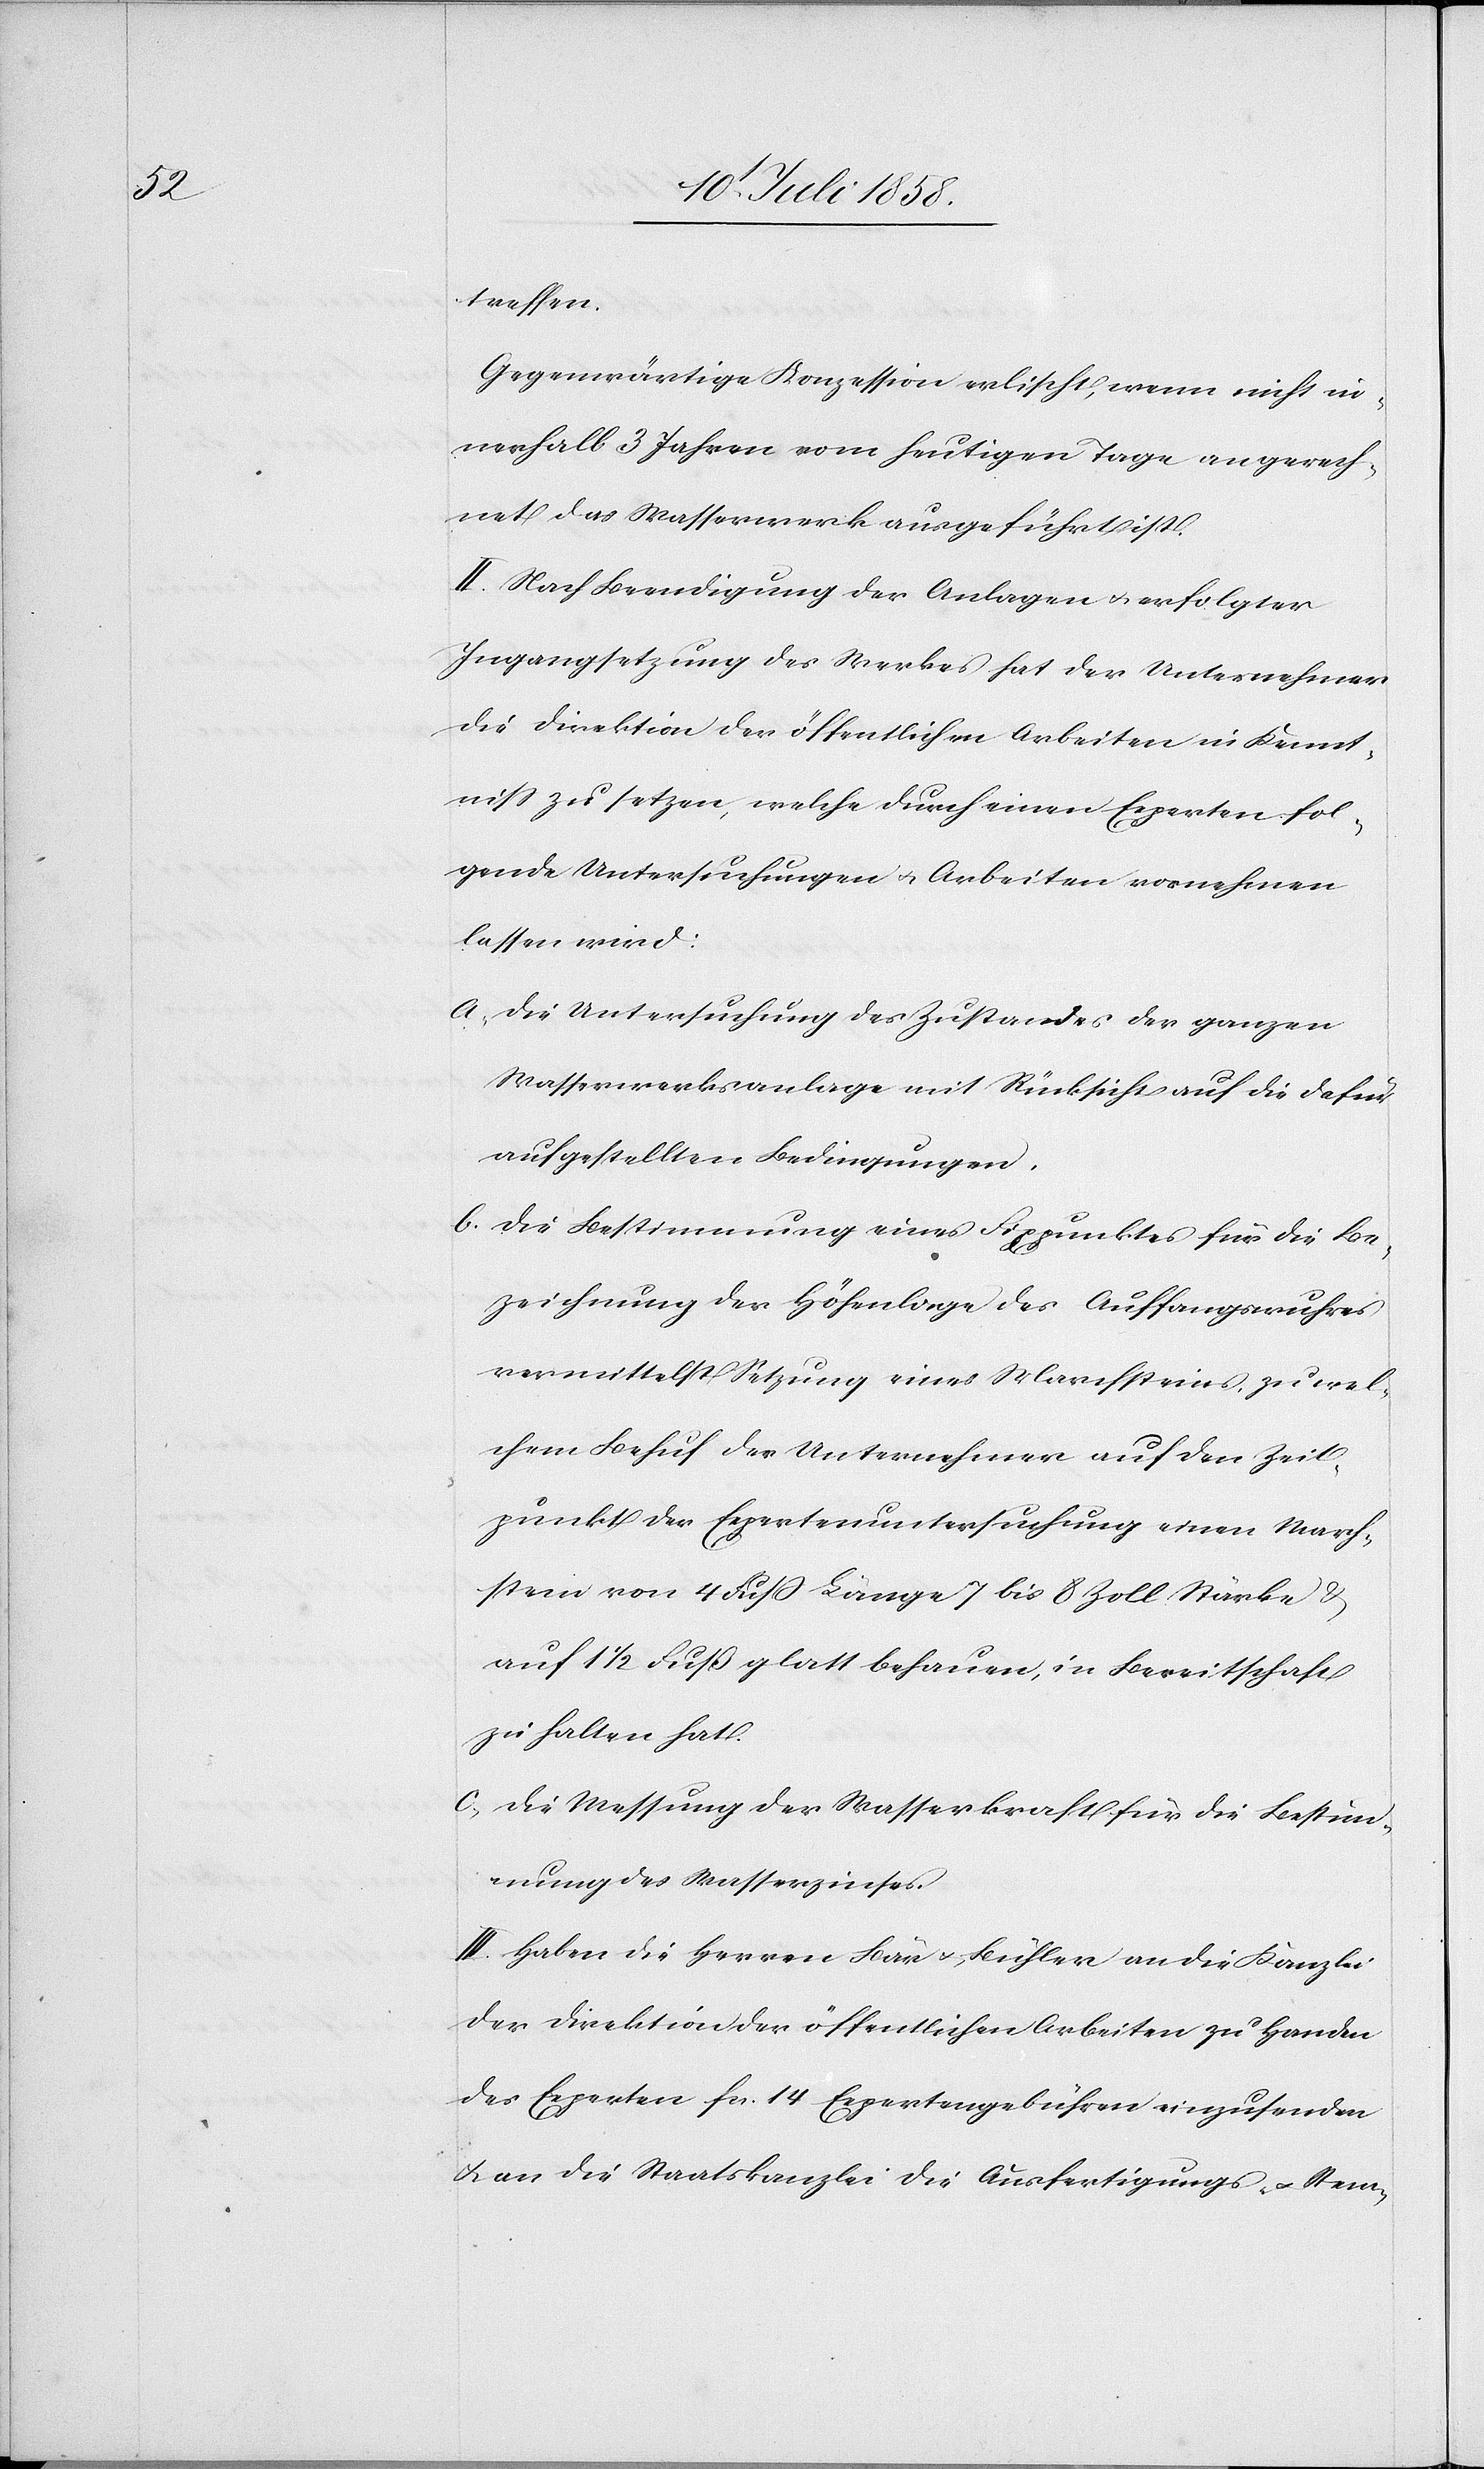
treffen.
Gegenwärtige Konzession erlischt, wenn nicht in¬
nerhalb 3 Jahren vom heutigen Tage an gerech¬
net das Wasserwerk ausgeführt ist.
II. Nach Beendigung der Anlagen & erfolgter
Ingangsetzung des Werkes hat der Unternehmer
die Direktion der öffentlichen Arbeiten in Kennt¬
niss zu setzen, welche durch einen Experten fol¬
gende Untersuchungen & Arbeiten vornehmen
lassen wird:
Die Untersuchung des Zustandes der ganzen
Wasserwerksanlage mit Rücksicht auf die dafür
aufgestellten Bedingungen.
Die Bestimmung eines Fixpunktes für die Be¬
zeichnung der Höhenlage des Auffangswuhres
vermittelst Setzung eines Marchsteins, zu wel¬
chem Behuf der Unternehmer auf den Zeit¬
punkt der Expertenuntersuchung einen March¬
stein von 4 Fuss Länge[,] 7 bis 8 Zoll Stärke &
auf 1 1/2 Fuß glatt behauen, in Bereitschaft
zu halten hat.
Die Messung der Wasserkraft für die Bestim¬
mung des Wasserzinses.
III. Haben die Herren Bär & Bühler an die Kanzlei
der Direktion der öffentlichen Arbeiten zu Handen
des Experten fcs. 14 Expertengebühren einzusenden
& an die Staatskanzlei die Ausfertigungs- & Stem-